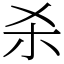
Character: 杀